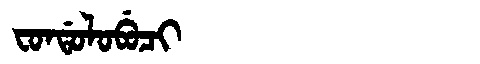
Manchu: ᠸᠣᠨᡩᠣᠯᠣᠪᡠᠴᡳ
Romanization: FONDOLOBUCI